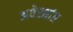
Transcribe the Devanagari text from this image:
अवेस्तांत